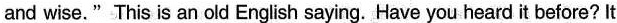
and wise."This is an old English saying. Have you heard it before? It